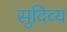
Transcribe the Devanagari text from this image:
सुदिव्य